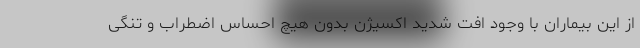
از این بیماران با وجود افت شدید اکسیژن بدون هیچ احساس اضطراب و تنگی